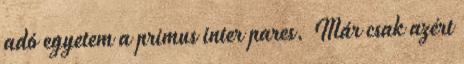
adó egyetem a primus inter pares. Már csak azért